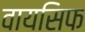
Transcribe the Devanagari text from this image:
वायसिफ